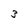
Character: 3